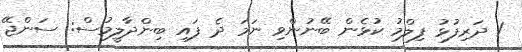
1 ދަރިފުޅު ފިލްމު ކުޅެން ބޭނުންވި ނަމަ ދެ ފައި ބިންދާލީމުސް: ސަންޖޭ